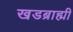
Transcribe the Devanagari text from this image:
खडब्राह्मी